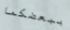
ببعضكما